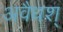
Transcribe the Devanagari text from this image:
अवैधश्